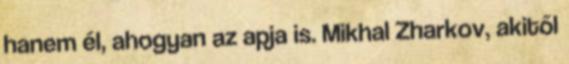
hanem él, ahogyan az apja is. Mikhal Zharkov, akitől